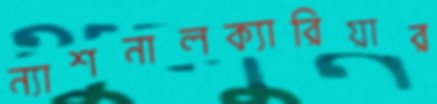
ন্যাশনালক্যারিয়ার